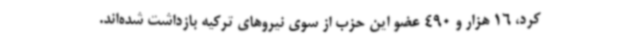
کرد، 16 هزار و 490 عضو این حزب از سوی نیروهای ترکیه بازداشت شده‌اند.